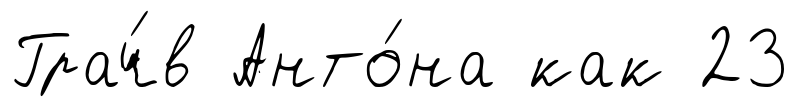
Грач́в Анто́на как 23